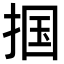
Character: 掴